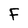
Character: F